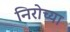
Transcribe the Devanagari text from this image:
निरोच्या